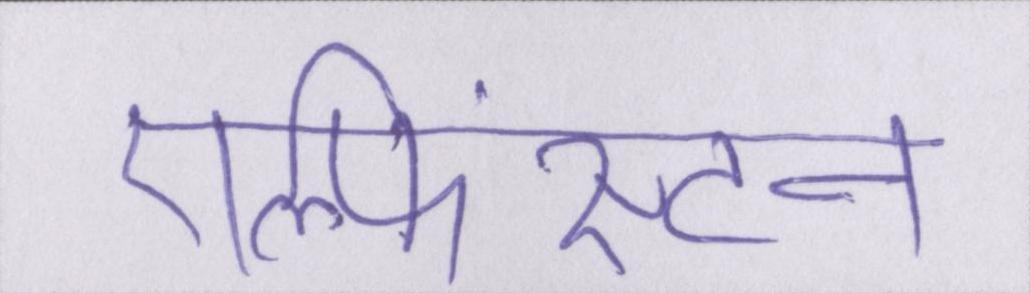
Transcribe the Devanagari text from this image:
एल्फिंस्टन